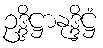
ဥဒ္ဒိဋ္ဌာနုဒ္ဒိဋ္ဌံ